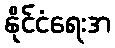
နိုင်ငံရေးအ